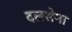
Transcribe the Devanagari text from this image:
दलसेना